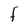
Character: F